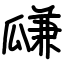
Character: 㼓